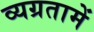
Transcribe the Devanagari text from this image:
व्यग्रतामें